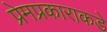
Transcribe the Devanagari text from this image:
प्रेमप्रकाराकडे